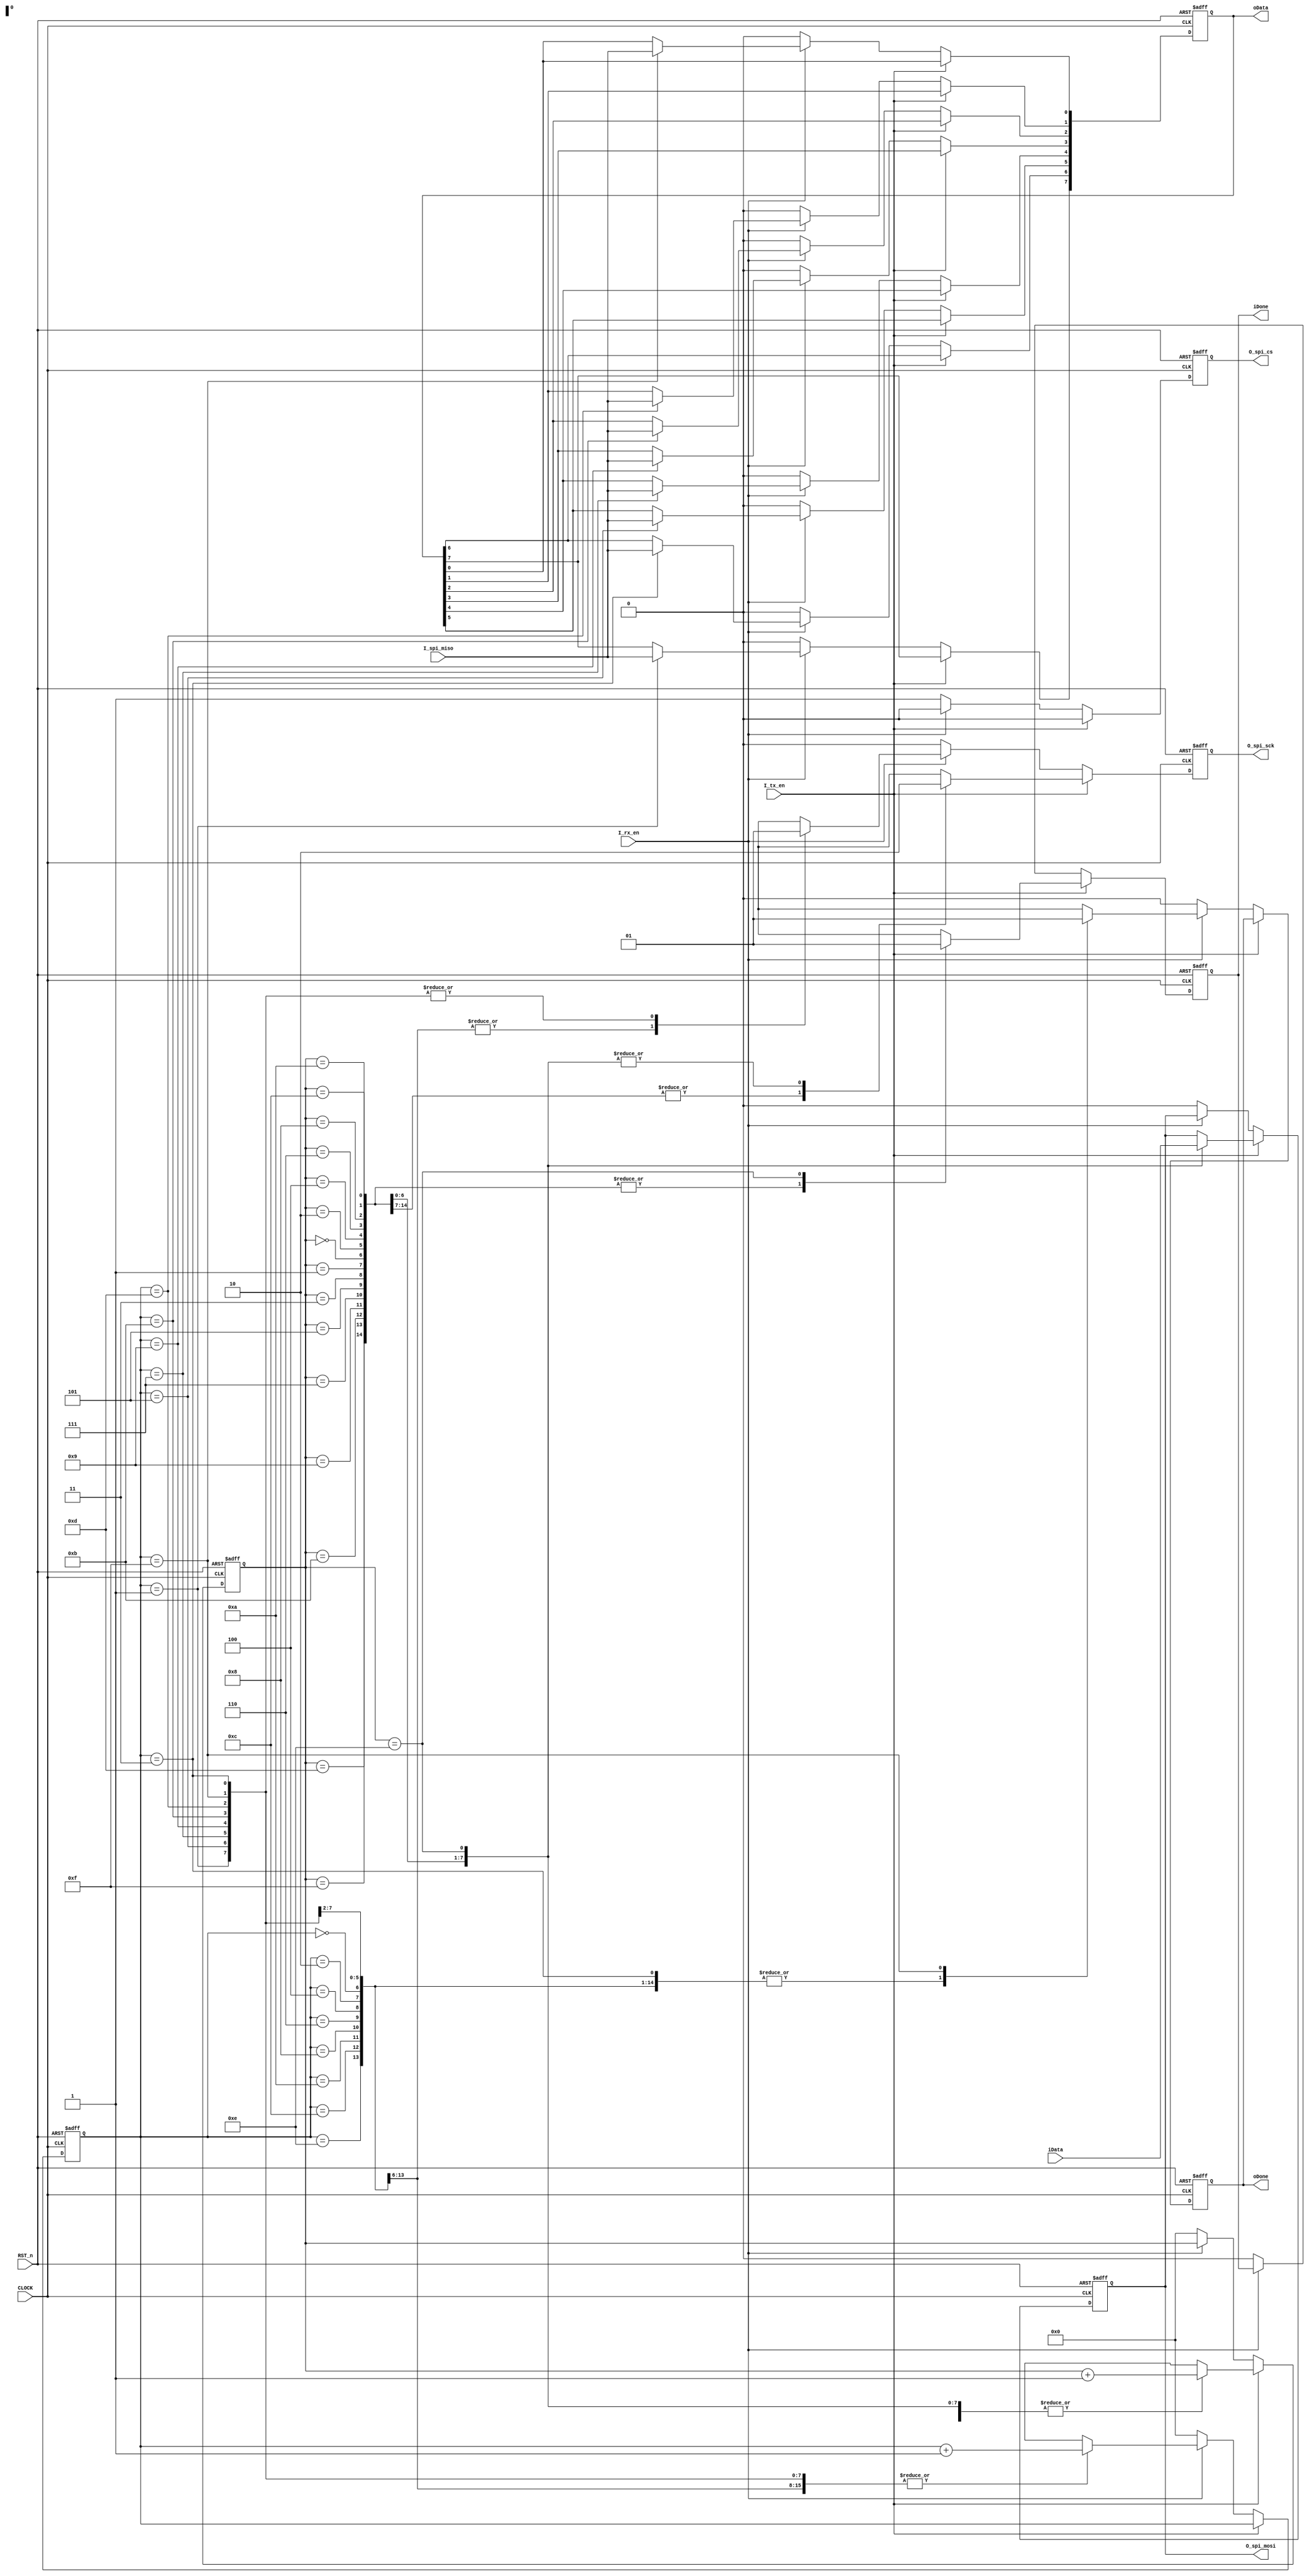
//***************************************//
//# @Author: 
//# @Date:   2019-04-06 22:44:48
//# @Last Modified by:   zlk
//# @Last Modified time: 2019-07-02 20:46:20
//****************************************//
`timescale 1ns/ 1ps
module spi
(
    input CLOCK, RST_n,// 50MHz/
    input               I_rx_en     , // 
    input               I_tx_en     , // 
    input        [7:0]  iData   , // 
    output  reg  [7:0]  oData  , // 
    output  reg         iDone   , // 
    output  reg         oDone   , // 
    
    // SPI
    input               I_spi_miso  , // SPI
    output  reg         O_spi_sck   , // SPI
    output  reg         O_spi_cs    , // SPI
    output  reg         O_spi_mosi    // SPI
);
//****************************************//

reg [3:0]   R_tx_state      ; 
reg [3:0]   R_rx_state      ;

//****************************************//
always @(posedge CLOCK or negedge RST_n)
begin
    if(!RST_n)
        begin
            R_tx_state  <=  4'd0    ;
            R_rx_state  <=  4'd0    ;
            O_spi_cs    <=  1'b1    ;
            O_spi_sck   <=  1'b0    ;
            O_spi_mosi  <=  1'b0    ;
            iDone   <=  1'b0    ;
            oDone   <=  1'b0    ;
            oData  <=  8'd0    ;
        end 
    else if(I_tx_en) // 
        begin
            O_spi_cs    <=  1'b0    ; // CS
            case(R_tx_state)
                4'd1, 4'd3 , 4'd5 , 4'd7  , 
                4'd9, 4'd11, 4'd13, 4'd15 : //
                    begin
                        O_spi_sck   <=  1'b1                ;
                        R_tx_state  <=  R_tx_state + 1'b1   ;
                        iDone   <=  1'b0                ;
                    end
                4'd0:    // 7
                    begin
                        O_spi_mosi  <=  iData[7]        ;
                        O_spi_sck   <=  1'b0                ;
                        R_tx_state  <=  R_tx_state + 1'b1   ;
                        iDone   <=  1'b0                ;
                    end
                4'd2:    // 6
                    begin
                        O_spi_mosi  <=  iData[6]        ;
                        O_spi_sck   <=  1'b0                ;
                        R_tx_state  <=  R_tx_state + 1'b1   ;
                        iDone   <=  1'b0                ;
                    end
                4'd4:    // 5
                    begin
                        O_spi_mosi  <=  iData[5]        ;
                        O_spi_sck   <=  1'b0                ;
                        R_tx_state  <=  R_tx_state + 1'b1   ;
                        iDone   <=  1'b0                ;
                    end 
                4'd6:    // 4
                    begin
                        O_spi_mosi  <=  iData[4]        ;
                        O_spi_sck   <=  1'b0                ;
                        R_tx_state  <=  R_tx_state + 1'b1   ;
                        iDone   <=  1'b0                ;
                    end 
                4'd8:    // 3
                    begin
                        O_spi_mosi  <=  iData[3]        ;
                        O_spi_sck   <=  1'b0                ;
                        R_tx_state  <=  R_tx_state + 1'b1   ;
                        iDone   <=  1'b0                ;
                    end                            
                4'd10:    // 2
                    begin
                        O_spi_mosi  <=  iData[2]        ;
                        O_spi_sck   <=  1'b0                ;
                        R_tx_state  <=  R_tx_state + 1'b1   ;
                        iDone   <=  1'b0                ;
                    end 
                4'd12:    // 1
                    begin
                        O_spi_mosi  <=  iData[1]        ;
                        O_spi_sck   <=  1'b0                ;
                        R_tx_state  <=  R_tx_state + 1'b1   ;
                        iDone   <=  1'b0                ;
                    end 
                4'd14:    // 0
                    begin
                        O_spi_mosi  <=  iData[0]        ;
                        O_spi_sck   <=  1'b0                ;
                        R_tx_state  <=  R_tx_state + 1'b1   ;
                        iDone   <=  1'b1                ;
                    end
                default:R_tx_state  <=  4'd0                ;   
            endcase 
        end
    else if(I_rx_en) // 
        begin
            O_spi_cs    <=  1'b0        ; // CS
            case(R_rx_state)
                4'd0, 4'd2 , 4'd4 , 4'd6  ,  4'd8, 4'd10, 4'd12, 4'd14 : //
                    begin
                        O_spi_sck   <=  1'b0;
                        R_rx_state  <=  R_rx_state + 1'b1;
                        oDone   <=  1'b0;
                    end
                4'd1:    // 7
                    begin                       
                        O_spi_sck       <=  1'b1                ;
                        R_rx_state      <=  R_rx_state + 1'b1   ;
                        oDone       <=  1'b0                ;
                        oData[7]   <=  I_spi_miso          ;   
                    end
                4'd3:    // 6
                    begin
                        O_spi_sck       <=  1'b1                ;
                        R_rx_state      <=  R_rx_state + 1'b1   ;
                        oDone       <=  1'b0                ;
                        oData[6]   <=  I_spi_miso          ; 
                    end
                4'd5:    // 5
                    begin
                        O_spi_sck       <=  1'b1                ;
                        R_rx_state      <=  R_rx_state + 1'b1   ;
                        oDone       <=  1'b0                ;
                        oData[5]   <=  I_spi_miso          ; 
                    end 
                4'd7:    // 4
                    begin
                        O_spi_sck       <=  1'b1                ;
                        R_rx_state      <=  R_rx_state + 1'b1   ;
                        oDone       <=  1'b0                ;
                        oData[4]   <=  I_spi_miso          ; 
                    end 
                4'd9:    // 3
                    begin
                        O_spi_sck       <=  1'b1                ;
                        R_rx_state      <=  R_rx_state + 1'b1   ;
                        oDone       <=  1'b0                ;
                        oData[3]   <=  I_spi_miso          ; 
                    end                            
                4'd11:    // 2
                    begin
                        O_spi_sck       <=  1'b1                ;
                        R_rx_state      <=  R_rx_state + 1'b1   ;
                        oDone       <=  1'b0                ;
                        oData[2]   <=  I_spi_miso          ; 
                    end 
                4'd13:    // 1
                    begin
                        O_spi_sck       <=  1'b1                ;
                        R_rx_state      <=  R_rx_state + 1'b1   ;
                        oDone       <=  1'b0                ;
                        oData[1]   <=  I_spi_miso          ; 
                    end 
                4'd15:    // 0
                    begin
                        O_spi_sck       <=  1'b1                ;
                        R_rx_state      <=  R_rx_state + 1'b1   ;
                        oDone       <=  1'b1                ;
                        oData[0]   <=  I_spi_miso          ; 
                    end
                default:R_rx_state  <=  4'd0                    ;   
            endcase 
        end    
    else
        begin
            R_tx_state  <=  4'd0    ;
            R_rx_state  <=  4'd0    ;
            iDone   <=  1'b0    ;
            oDone   <=  1'b0    ;
            O_spi_cs    <=  1'b1    ;
            O_spi_sck   <=  1'b0    ;
            O_spi_mosi  <=  1'b0    ;
            oData  <=  8'd0    ;
        end      
end

endmodule